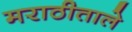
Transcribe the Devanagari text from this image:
मराठीताले